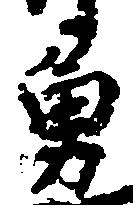
勇